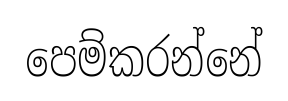
පෙම්කරන්නේ